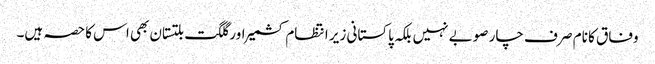
وفاق کا نام صر ف چار صوبے نہیں بلکہ پاکستانی زیر انتظام کشمیر اور گلگت بلتستان بھی اس کا حصہ ہیں۔